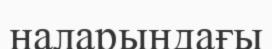
наларындағы